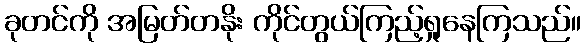
ခုတင်ကို အမြတ်တနိုး ကိုင်တွယ်ကြည့်ရှုနေကြသည်။